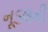
નૂડલની